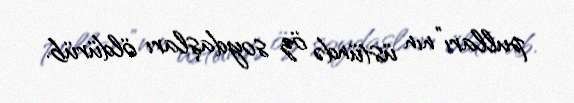
pulları”nın üstündə öz soydaşları öldürüb.